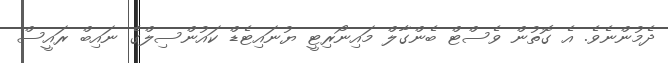
ދެމުންނެވެ. އެ ގޮތުން ވެސްޓް ބެންގާލް މައިނޯރިޓީ ޔުނައިޓެޑް ކައުންސިލްގެ ނައިބް ރައީސް